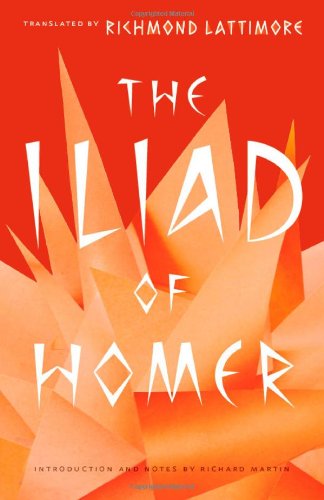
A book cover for The Iliad of Homer; Homer; Literature & Fiction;